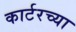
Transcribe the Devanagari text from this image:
कार्टरच्या